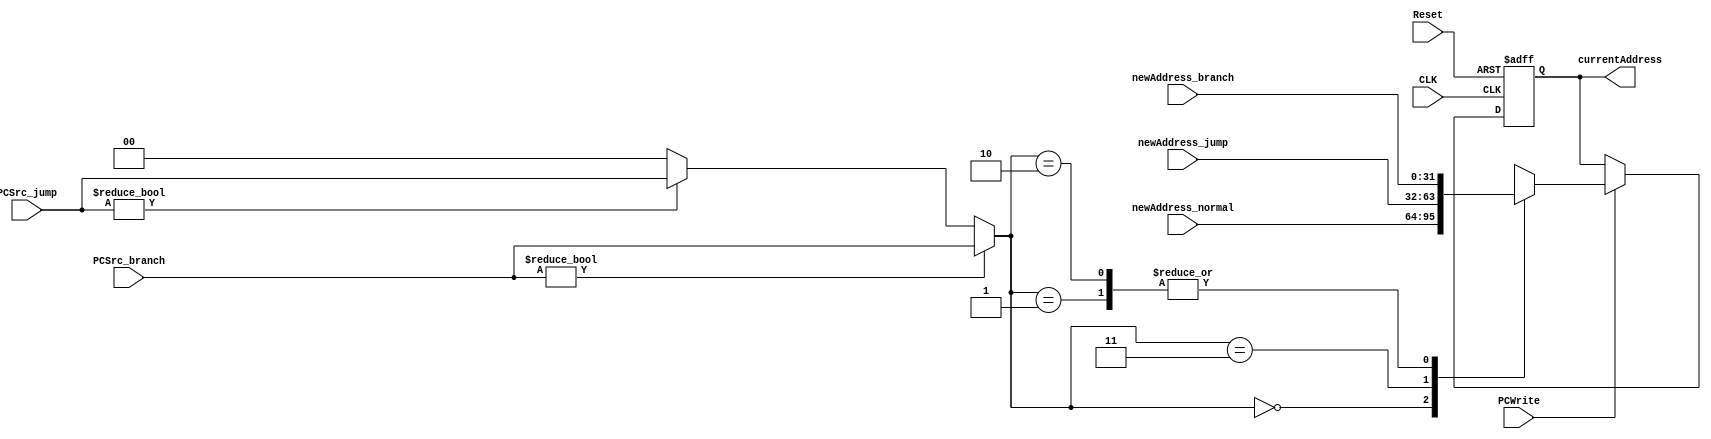
`timescale 1ns / 1ps
//////////////////////////////////////////////////////////////////////////////////
// Company: 
// Engineer: 
// 
// Design Name: 
// Module Name:    PC 
// Project Name: 
// Target Devices: 
// Tool versions: 
// Description: 
//
// Dependencies: 
//
// Revision: 
// Revision 0.01 - File Created
// Additional Comments: 
//
//////////////////////////////////////////////////////////////////////////////////
module PC(
    input CLK,
    input Reset,
    input PCWrite,
    input [32:1] newAddress_normal,newAddress_branch,newAddress_jump,
    input [2:1] PCSrc_branch,PCSrc_jump,
    output reg[32:1] currentAddress
    );

    initial begin
        currentAddress <= 0;
    end

    reg [2:1] PCSrc = 2'b00;
    always @(PCSrc_branch or PCSrc_jump)begin
        if(PCSrc_branch!=2'b00) PCSrc = PCSrc_branch;
        else if(PCSrc_jump!=2'b00) PCSrc = PCSrc_jump;
        else PCSrc = 2'b00;
        //$display($time,"PCSrc:%b",PCSrc);
    end


    always @(negedge CLK or posedge Reset)
        begin
            //$display($time , "pc currentAddress = %b",currentAddress);
            //$display($time , "pc nextAddress_normal = %b",newAddress_normal);
            if(Reset==1)currentAddress <= 0;
            else begin
                if(PCWrite==0)begin 
                    currentAddress <= currentAddress;
                    //$display($time , "into cu=cu");
                    end
                else begin
                    case(PCSrc)
                        2'b00:begin
                            currentAddress <= newAddress_normal;
                            //$display($time , "into cu=normal");
                        end
                        
                        2'b11:begin
                            currentAddress <= newAddress_jump;
                            //$display($time , "into cu=jump");
                        end

                        2'b01:begin
                            currentAddress <= newAddress_branch;
                            $display($time , "into cu=branch");
                        end
                        2'b10:begin
                            currentAddress <= newAddress_branch;
                            //$display($time , "into cu=branch");
                        end

                        default:begin
                            currentAddress <= newAddress_normal;
                            //$display($time , "no match PCSrc");
                        end

                    endcase
                end
            end
            //$display($time , "pc next_currentAddress = %b\n",currentAddress);
        end

endmodule